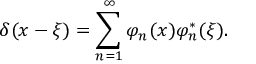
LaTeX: \delta ( x - \xi ) = \sum _ { n = 1 } ^ { \infty } \varphi _ { n } ( x ) \varphi _ { n } ^ { * } ( \xi ) .